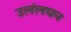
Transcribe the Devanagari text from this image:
उलंलघन